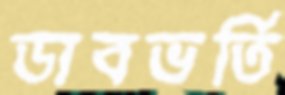
ডাবভর্তি